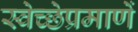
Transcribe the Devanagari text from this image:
स्वेच्छेप्रमाणें